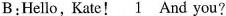
B:Hello, Kate! \underline{1} And you?